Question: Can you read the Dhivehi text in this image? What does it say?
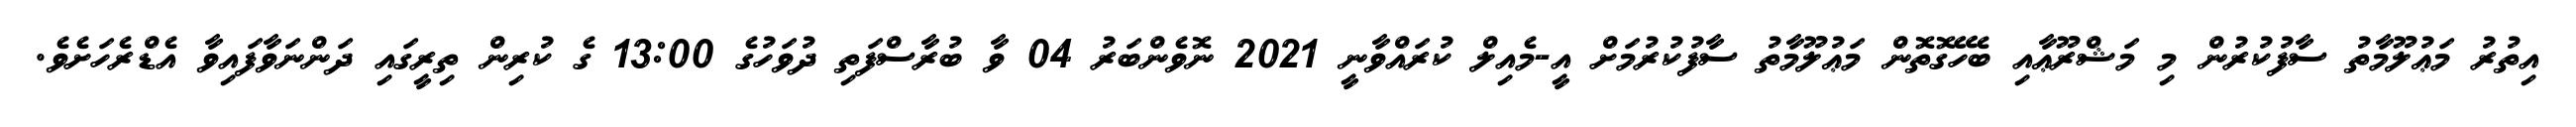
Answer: އިތުރު މަޢުލޫމާތު ސާފުކުރުން މި މަޝްރޫޢާއި ބެހޭގޮތޮން މަޢުލޫމާތު ސާފުކުރުމަށް އީ-މެއިލް ކުރައްވާނީ 2021 ނޮވެންބަރު 04 ވާ ބުރާސްފަތި ދުވަހުގެ 13:00 ގެ ކުރިން ތިރީގައި ދަންނަވާފައިވާ އެޑްރެހަށެވެ.